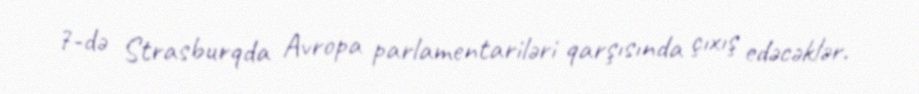
7-də Strasburqda Avropa parlamentariləri qarşısında çıxış edəcəklər.